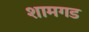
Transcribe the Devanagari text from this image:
शामगड